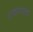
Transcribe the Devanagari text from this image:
टाकण्यावर